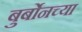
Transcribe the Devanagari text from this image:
बुर्बोनच्या